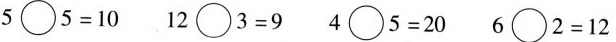
$$5 \circ 5 = 1 0$$ $$1 2 \circ 3 = 9$$